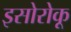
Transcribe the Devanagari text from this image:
इसोरोकू